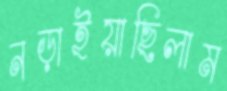
নড়াইয়াছিলাম